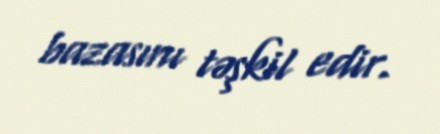
bazasını təşkil edir.